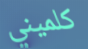
كلميني